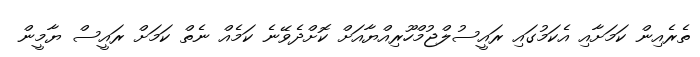
ތެރެއިން ކަމަށާއި އެކަމުގައި ރައީސުލްޖުމްހޫރިއްޔާއަށް ކޮށްދެވޭނެ ކަމެއް ނެތް ކަމަށް ރައީސް ޔާމީން